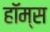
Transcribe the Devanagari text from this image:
हॉम्स